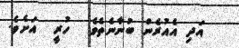
އަދި އެއުރެން ބުނާނެތެވެ.  ހުރީ  އަށެވެ.